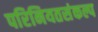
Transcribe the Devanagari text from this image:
परिनियतसंकल्प